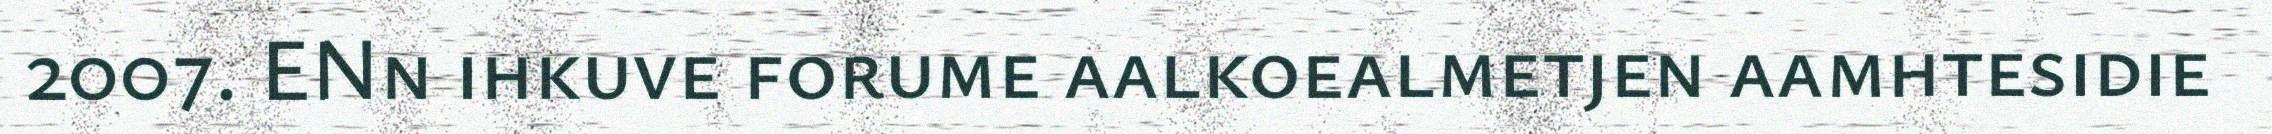
2007. ENn ihkuve forume aalkoealmetjen aamhtesidie